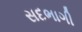
સદભાગી